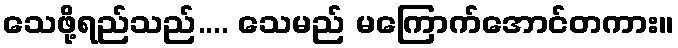
သေဖို့ရည်သည်.... သေမည် မကြောက်အောင်တကား။